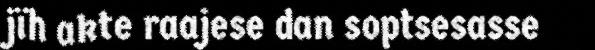
jïh akte raajese dan soptsesasse